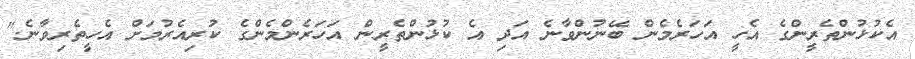
އެކުޅުންތެރީންގެ އެހީ އަހަރެމެން ބޭނުންވާނެ އަދި އެ ކުޅުންތެރީން އަހަރެންމެންގެ ކުރިއެރުމަށް އެހީތެރިވާނެ."